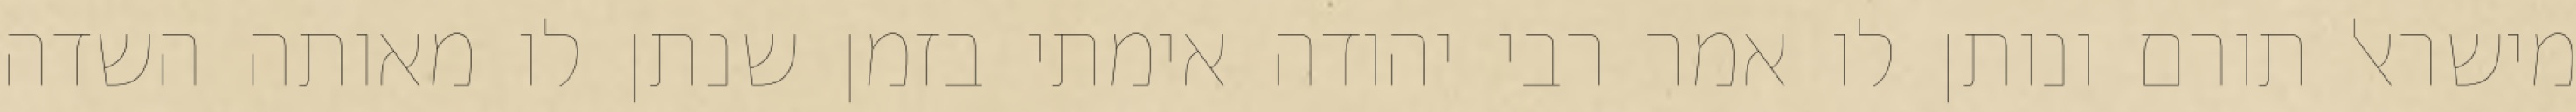
מישראל תורם ונותן לו אמר רבי יהודה אימתי בזמן שנתן לו מאותה השדה